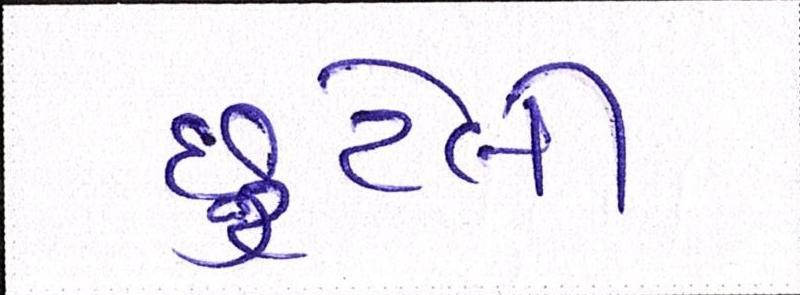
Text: છુટેલી